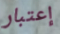
إعتبار